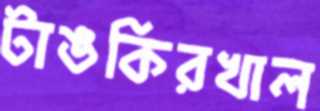
টাঙকিরখাল